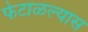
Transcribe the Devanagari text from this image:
फेटाळल्यास